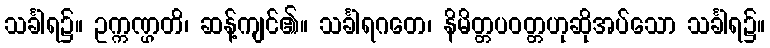
သင်္ခါရ၌။ ဥက္ကဏ္ဌတိ၊ ဆန့်ကျင်၏။ သင်္ခါရဂတေ၊ နိမိတ္တပဝတ္တဟုဆိုအပ်သော သင်္ခါရ၌။